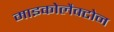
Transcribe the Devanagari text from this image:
माइकोलैक्टोन